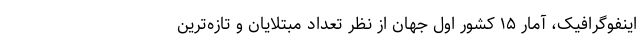
اینفوگرافیک، آمار ۱۵ کشور اول جهان از نظر تعداد مبتلایان و تازه‌ترین